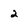
Character: 2